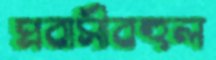
প্রবাসীবহুল